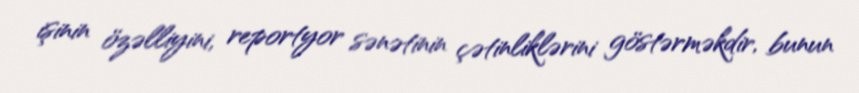
işinin özəlliyini, reportyor sənətinin çətinliklərini göstərməkdir, bunun